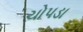
ચોપડા